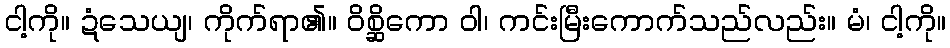
ငါ့ကို။ ဍံသေယျ၊ ကိုက်ရာ၏။ ဝိစ္ဆိကော ဝါ၊ ကင်းမြီးကောက်သည်လည်း။ မံ၊ ငါ့ကို။